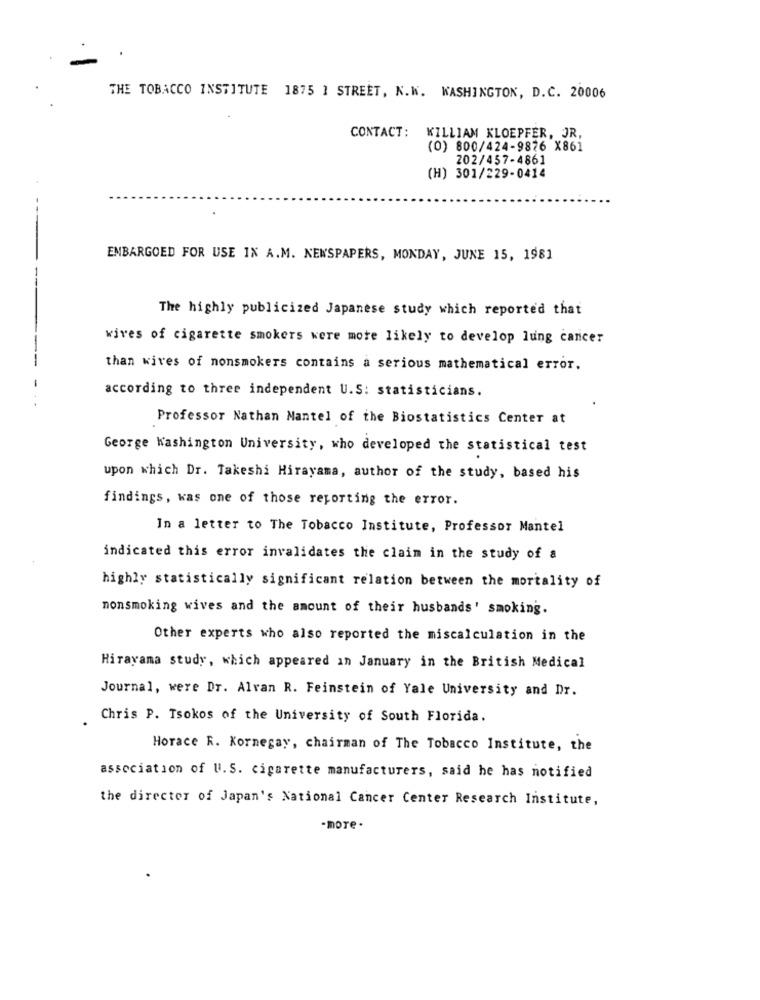
THE TOBACCO INSTITUTE 1875 ] STREET, N.W. WASHINGTON, D.C. 20006
CONTACT: KILLIAM KLOEPFER, JR,
(0) 800/424-9876 X861
202/457-4861
(H) 301/229-0414
EMBARGOED FOR USE IN A.M. NEWSPAPERS, MONDAY, JUNE 15, 1981
The highly publicized Japanese study which reported that
wives of cigarette smokers were more likely to develop lung cancer
------
than wives of nonsmokers contains a serious mathematical error.
according to three independent U.S: statisticians.
Professor Nathan Mantel of the Biostatistics Center at
George Washington University, who developed the statistical test
upon which Dr. Takeshi Hirayama, author of the study, based his
findings, was one of those reporting the error.
In a letter to The Tobacco Institute, Professor Mantel
indicated this error invalidates the claim in the study of a
highly statistically significant relation between the mortality of
nonsmoking wives and the amount of their husbands' smoking.
Other experts who also reported the miscalculation in the
Hirayana study, which appeared in January in the British Medical
Journal, were Dr. Alran R. Feinstein of Yale University and Dr.
Chris P. Tsokos of the University of South Florida.
Horace R. Kornegay, chairman of The Tobacco Institute, the
association of U.S. cigarette manufacturers, said he has notified
the director of Japan's National Cancer Center Research Institute,
-more .